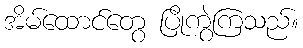
အိမ်ထောင်တွေ ပြိုကွဲကြသည်။